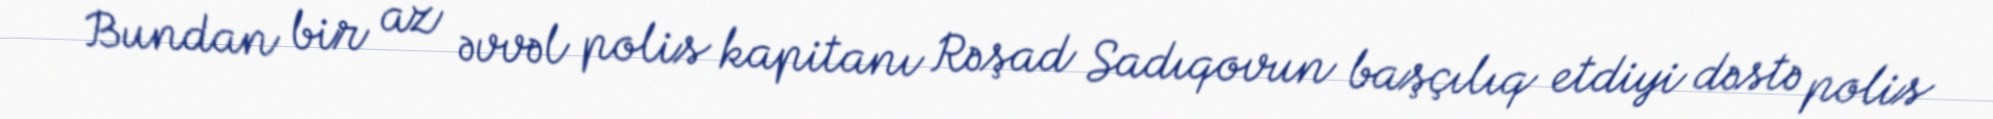
Bundan bir az əvvəl polis kapitanı Rəşad Sadıqovun başçılıq etdiyi dəstə polis